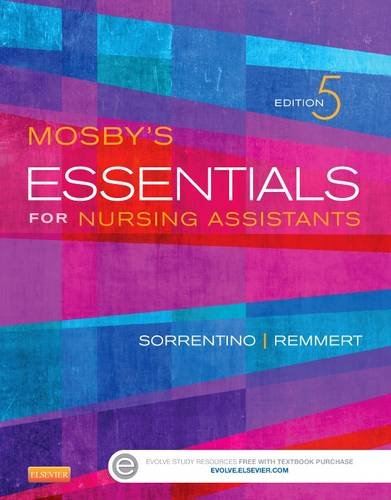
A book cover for Mosby's Essentials for Nursing Assistants, 5e; Sheila A. Sorrentino PhD  RN; Medical Books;